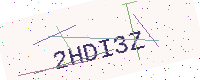
Text: 2HDI3Z